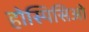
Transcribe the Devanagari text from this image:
होस्पिसिओ